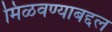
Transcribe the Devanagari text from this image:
मिळवण्याबद्दल